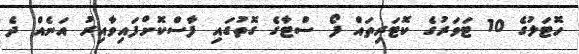
ހޮޓަލުގެ 10 ޓަވަރުގެ ކޮޓަރިތައް ފޯ ސްޓާގެ ގޮތުގައި ފާސްކޮށްފައިވާއިރު އަނެއް ދެ